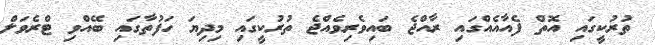
ތުރުކީގައި އޮތް ފެއާއެއްގައި ރާއްޖެ ބައިވެރިވެއްޖެ ތުރުކީގައި މިދިޔަ ހަފުތާގައި ބޭއްވި ޓްރެވަލް